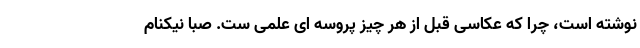
نوشته است، چرا که عکاسی قبل از هر چیز پروسه ای علمی ست. صبا نیکنام